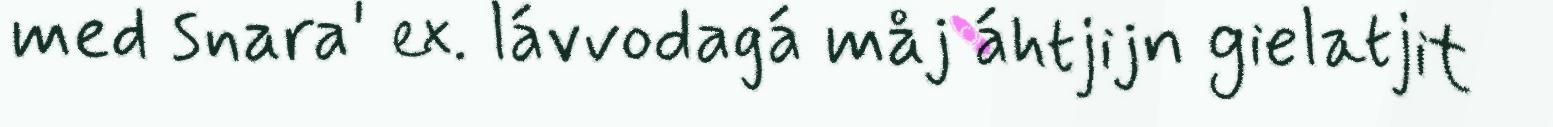
med snara' ex. lávvodagá måj áhtjijn gielatjit